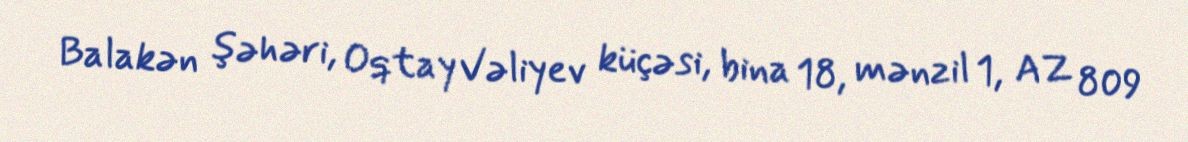
Balakən şəhəri, Oqtay Vəliyev küçəsi, bina 18, mənzil 1, AZ 809